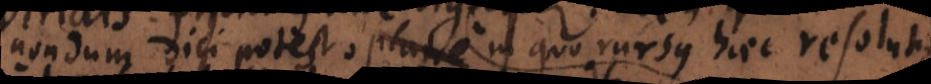
nondum dici potest in quo rursus haec resolut